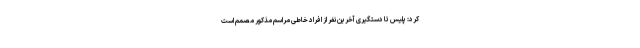
کرد: پلیس تا دستگیری آخرین نفر از افراد خاطی مراسم مذکور مصمم است